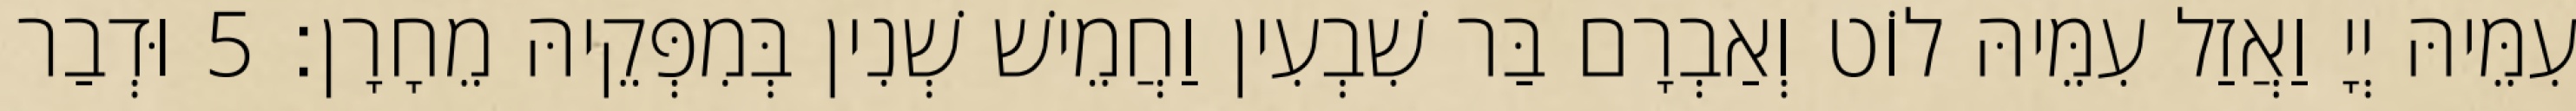
עִמֵּיהּ יְיָ וַאֲזַל עִמֵּיהּ לוֹט וְאַבְרָם בַּר שִׁבְעִין וַחֲמֵישׁ שְׁנִין בְּמִפְּקֵיהּ מֵחָרָן׃ 5 וּדְבַר